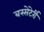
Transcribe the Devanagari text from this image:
बस्सेटेर्री